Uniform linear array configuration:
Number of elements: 64
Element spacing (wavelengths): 0.75
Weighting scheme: hamming
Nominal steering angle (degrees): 30
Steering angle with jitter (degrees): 31.036
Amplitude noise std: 0.05
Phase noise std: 0.05

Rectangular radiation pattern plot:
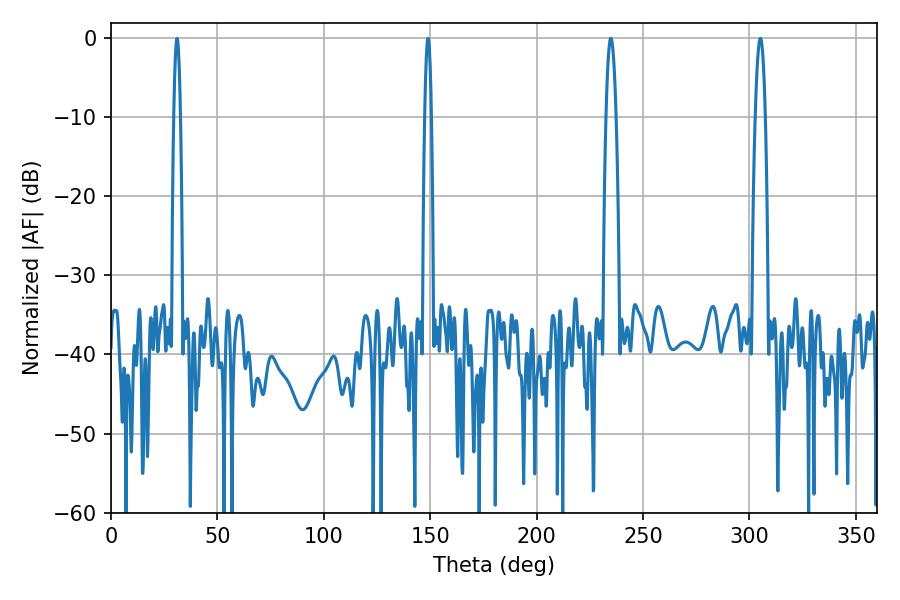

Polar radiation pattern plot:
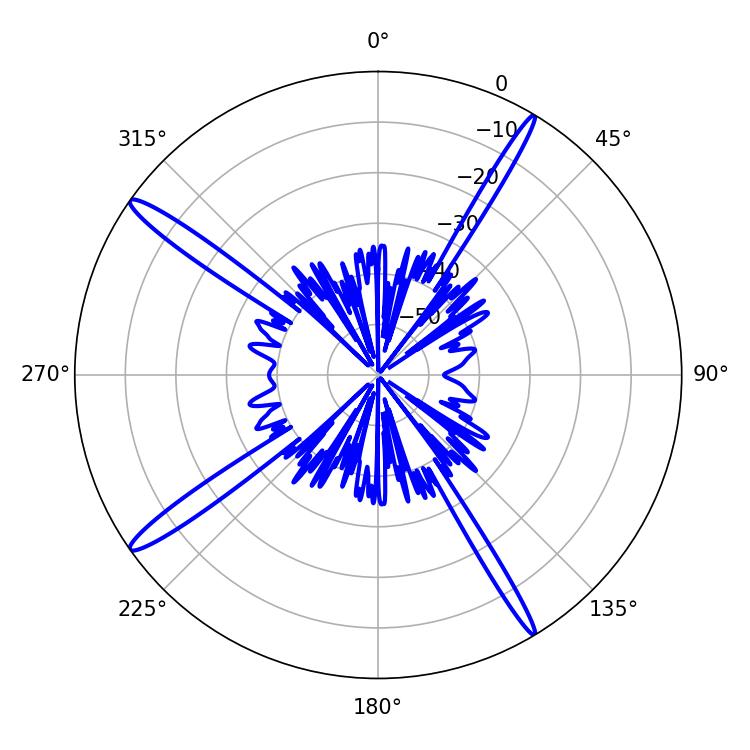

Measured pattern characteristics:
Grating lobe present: TRUE
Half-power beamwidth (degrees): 2.52
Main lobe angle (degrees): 234.9